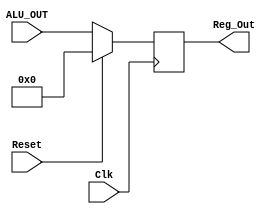
`timescale 1ns / 1ps

module ALU_reg(Clk,Reset,ALU_OUT,Reg_Out);
    input [31:0] ALU_OUT;
    input Clk,Reset;
    output reg [31:0] Reg_Out;
    
    always @ (posedge Clk)
    begin
        if(Reset)
            Reg_Out <= 32'b0;
    
        else
            Reg_Out <= ALU_OUT;
    end
endmodule